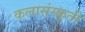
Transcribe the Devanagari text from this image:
कलासंस्कृती